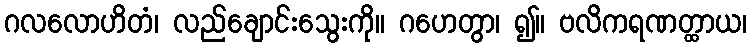
ဂလလောဟိတံ၊ လည်ချောင်းသွေးကို။ ဂဟေတွာ၊ ၍။ ဗလိကရဏတ္ထာယ၊